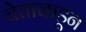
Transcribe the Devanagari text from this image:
चेताकडून